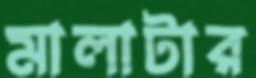
মালাটার